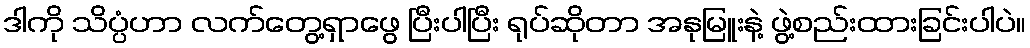
ဒါကို သိပ္ပံဟာ လက်တွေ့ရှာဖွေ ပြီးပါပြီး ရုပ်ဆိုတာ အနုမြူးနဲ့ ဖွဲ့စည်းထားခြင်းပါပဲ။